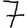
Digit: 7